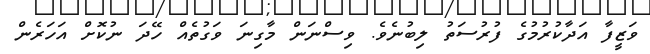
ވަޒީފާ އަދާކުރުމުގެ ފުރުސަތު ލިބުނެވެ. ވިސްނަން މާގިނަ ވަގުތެއް ހޭދަ ނުކޮށް އަހަރެން